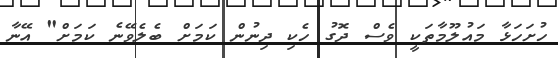
ހުށަހަޅާ މައުލޫމާތަކީ ވެސް ދޮގު ހެކި ދިނުން ކަމަށް ބެލެވޭނެ ކަމަށް" އޭނާ